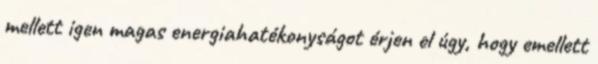
mellett igen magas energiahatékonyságot érjen el úgy, hogy emellett